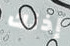
إذنك